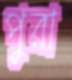
পুরা